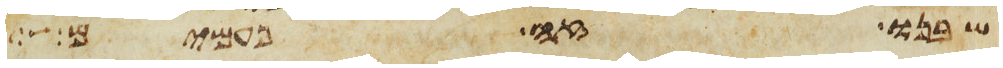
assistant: שבנו זה פעמים